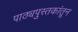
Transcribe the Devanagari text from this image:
पाठ्यपुस्तकांतून